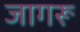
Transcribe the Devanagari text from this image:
जागरू